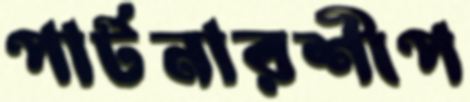
পার্টনারশীপ